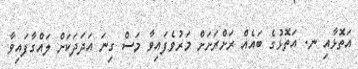
އަތޮޅާއި ނ. އަތޮޅުގެ ބައެއް ރަށްރަށަށް މަރުވެފައިވާ މަސް ގިނަ އަދަދަކަށް ލައްގާފައިވާ